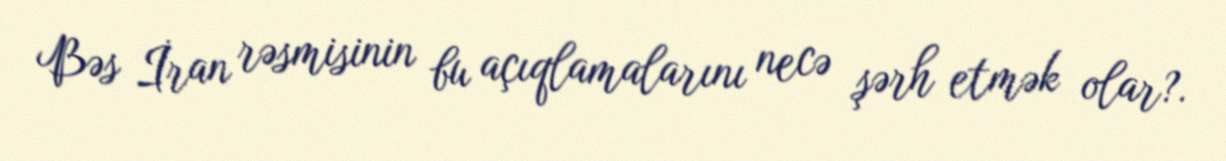
Bəs İran rəsmisinin bu açıqlamalarını necə şərh etmək olar?.